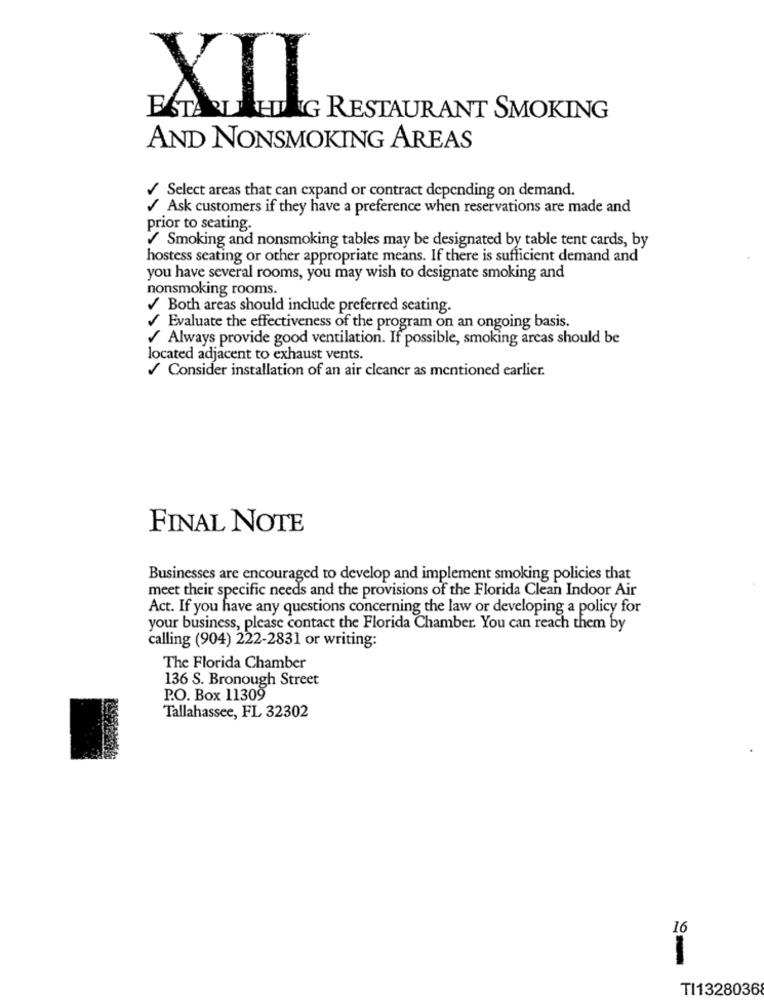
XII
ESTARLA HING RESTAURANT SMOKING
AND NONSMOKING AREAS
/ Select areas that can expand or contract depending on demand.
/ Ask customers if they have a preference when reservations are made and
prior to seating.
/ Smoking and nonsmoking tables may be designated by table tent cards, by
hostess seating or other appropriate means. If there is sufficient demand and
you have several rooms, you may wish to designate smoking and
nonsmoking rooms.
/ Both areas should include preferred seating.
Evaluate the effectiveness of the program on an ongoing basis.
/ Always provide good ventilation. If possible, smoking arcas should be
located adjacent to exhaust vents.
/ Consider installation of an air cleaner as mentioned earlier.
FINAL NOTE
Businesses are encouraged to develop and implement smoking policies that
meet their specific needs and the provisions of the Florida Clean Indoor Air
Act. If you have any questions concerning the law or developing a policy for
your business, please contact the Florida Chamber. You can reach them by
calling (904) 222-2831 or writing:
The Florida Chamber
136 S. Bronough Street
P.O. Box 11309
Tallahassee, FL 32302
16
TI1328036